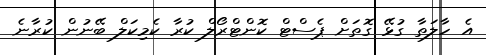
އެ ހާލަތާ ގުޅޭ ގޮތަށް ޕެސްޓް ކޮންޓްރޯލް ކުރާ ކެމިކަލް ބޭނުން ކުރާނެ